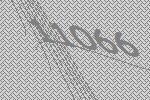
11066